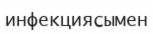
инфекциясымен